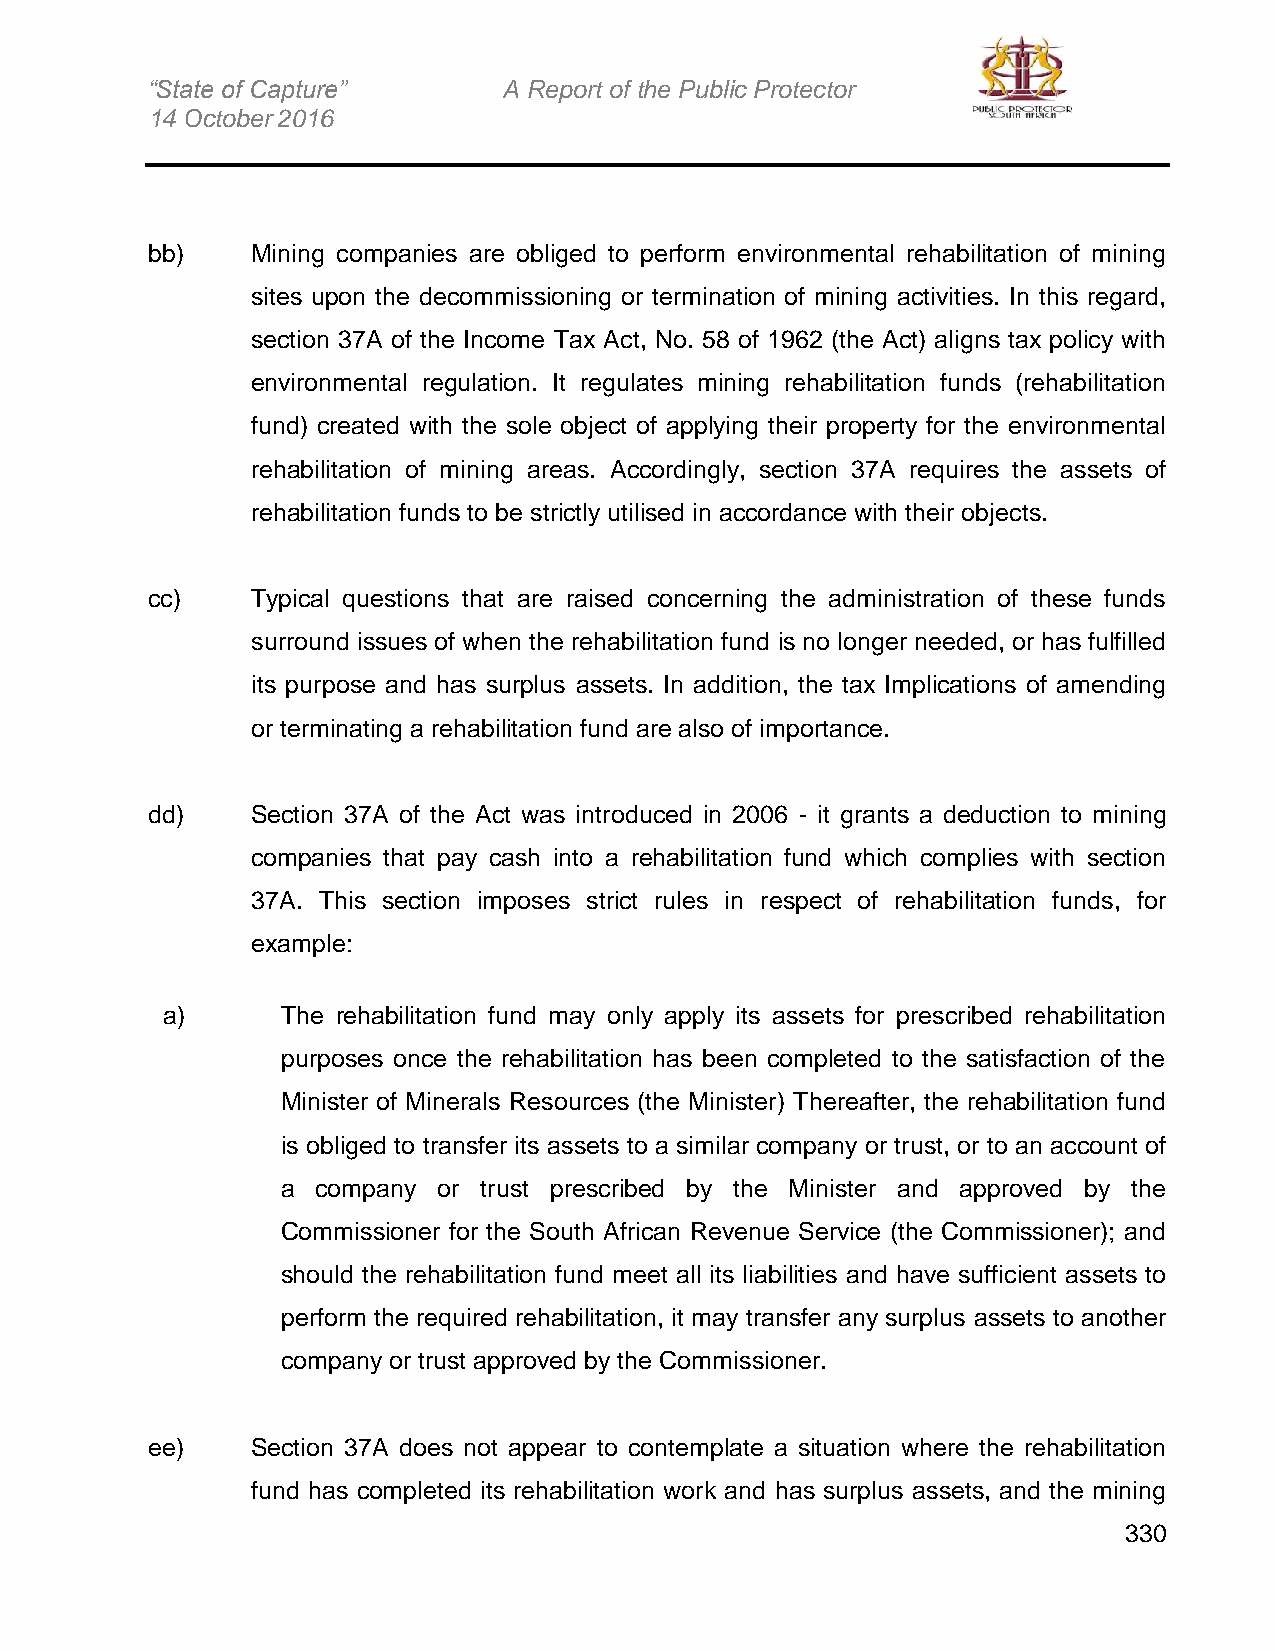
“State of Capture”     A Report of the Public Protector
 14 October 2016
 bb)    Mining companies are obliged to perform environmental rehabilitation of mining
 sites upon the decommissioning or termination of mining activities. In this regard,
 section 37A of the Income Tax Act, No. 58 of 1962 (the Act) aligns tax policy with
 environmental regulation. It regulates mining rehabilitation funds (rehabilitation
 fund) created with the sole object of applying their property for the environmental
 rehabilitation of mining areas. Accordingly, section 37A requires the assets of
 rehabilitation funds to be strictly utilised in accordance with their objects.
 cc)    Typical questions that are raised concerning the administration of these funds
 surround issues of when the rehabilitation fund is no longer needed, or has fulfilled
 its purpose and has surplus assets. In addition, the tax Implications of amending
 or terminating a rehabilitation fund are also of importance.
 dd)    Section 37A of the Act was introduced in 2006 - it grants a deduction to mining
 companies that pay cash into a rehabilitation fund which complies with section
 37A. This section imposes strict rules in respect of rehabilitation funds, for
 example:
 a)      The rehabilitation fund may only apply its assets for prescribed rehabilitation
 purposes once the rehabilitation has been completed to the satisfaction of the
 Minister of Minerals Resources (the Minister) Thereafter, the rehabilitation fund
 is obliged to transfer its assets to a similar company or trust, or to an account of
 a company or trust prescribed by the Minister and approved by the
 Commissioner for the South African Revenue Service (the Commissioner); and
 should the rehabilitation fund meet all its liabilities and have sufficient assets to
 perform the required rehabilitation, it may transfer any surplus assets to another
 company or trust approved by the Commissioner.
 ee)    Section 37A does not appear to contemplate a situation where the rehabilitation
 fund has completed its rehabilitation work and has surplus assets, and the mining
 330